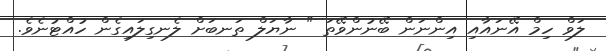
ލަވް ހިމް އޭނައާއި އިންނަން ބޭނުންވޭތަ " ނާޔަލް ތަނބަށް ލެނގިލައިގެން ހުއްޓުނެވެ.